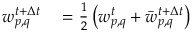
\begin{array} { r l } { w _ { p , q } ^ { t + \Delta t } } & { { } = \frac { 1 } { 2 } \left( w _ { p , q } ^ { t } + \bar { w } _ { p , q } ^ { t + \Delta t } \right) } \end{array}